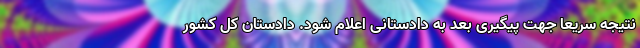
نتیجه سریعا جهت پیگیری بعد به دادستانی اعلام شود. دادستان کل کشور